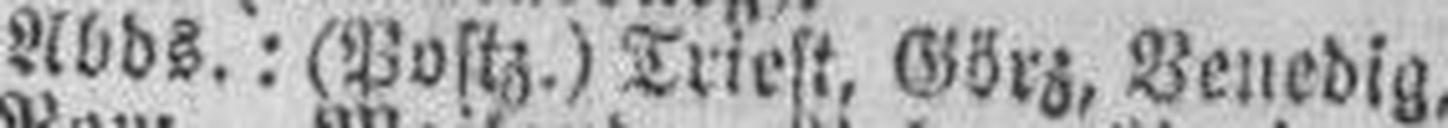
9.— Abds.: (Postz.) Triest, Görz, Venedig,